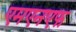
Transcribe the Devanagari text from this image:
एमएनएफ